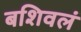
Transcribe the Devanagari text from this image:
बशिवलं